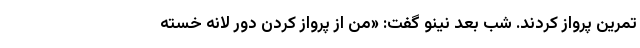
تمرینِ پرواز کردند. شب بعد نینو گفت: «من از پرواز کردن دور لانه خسته